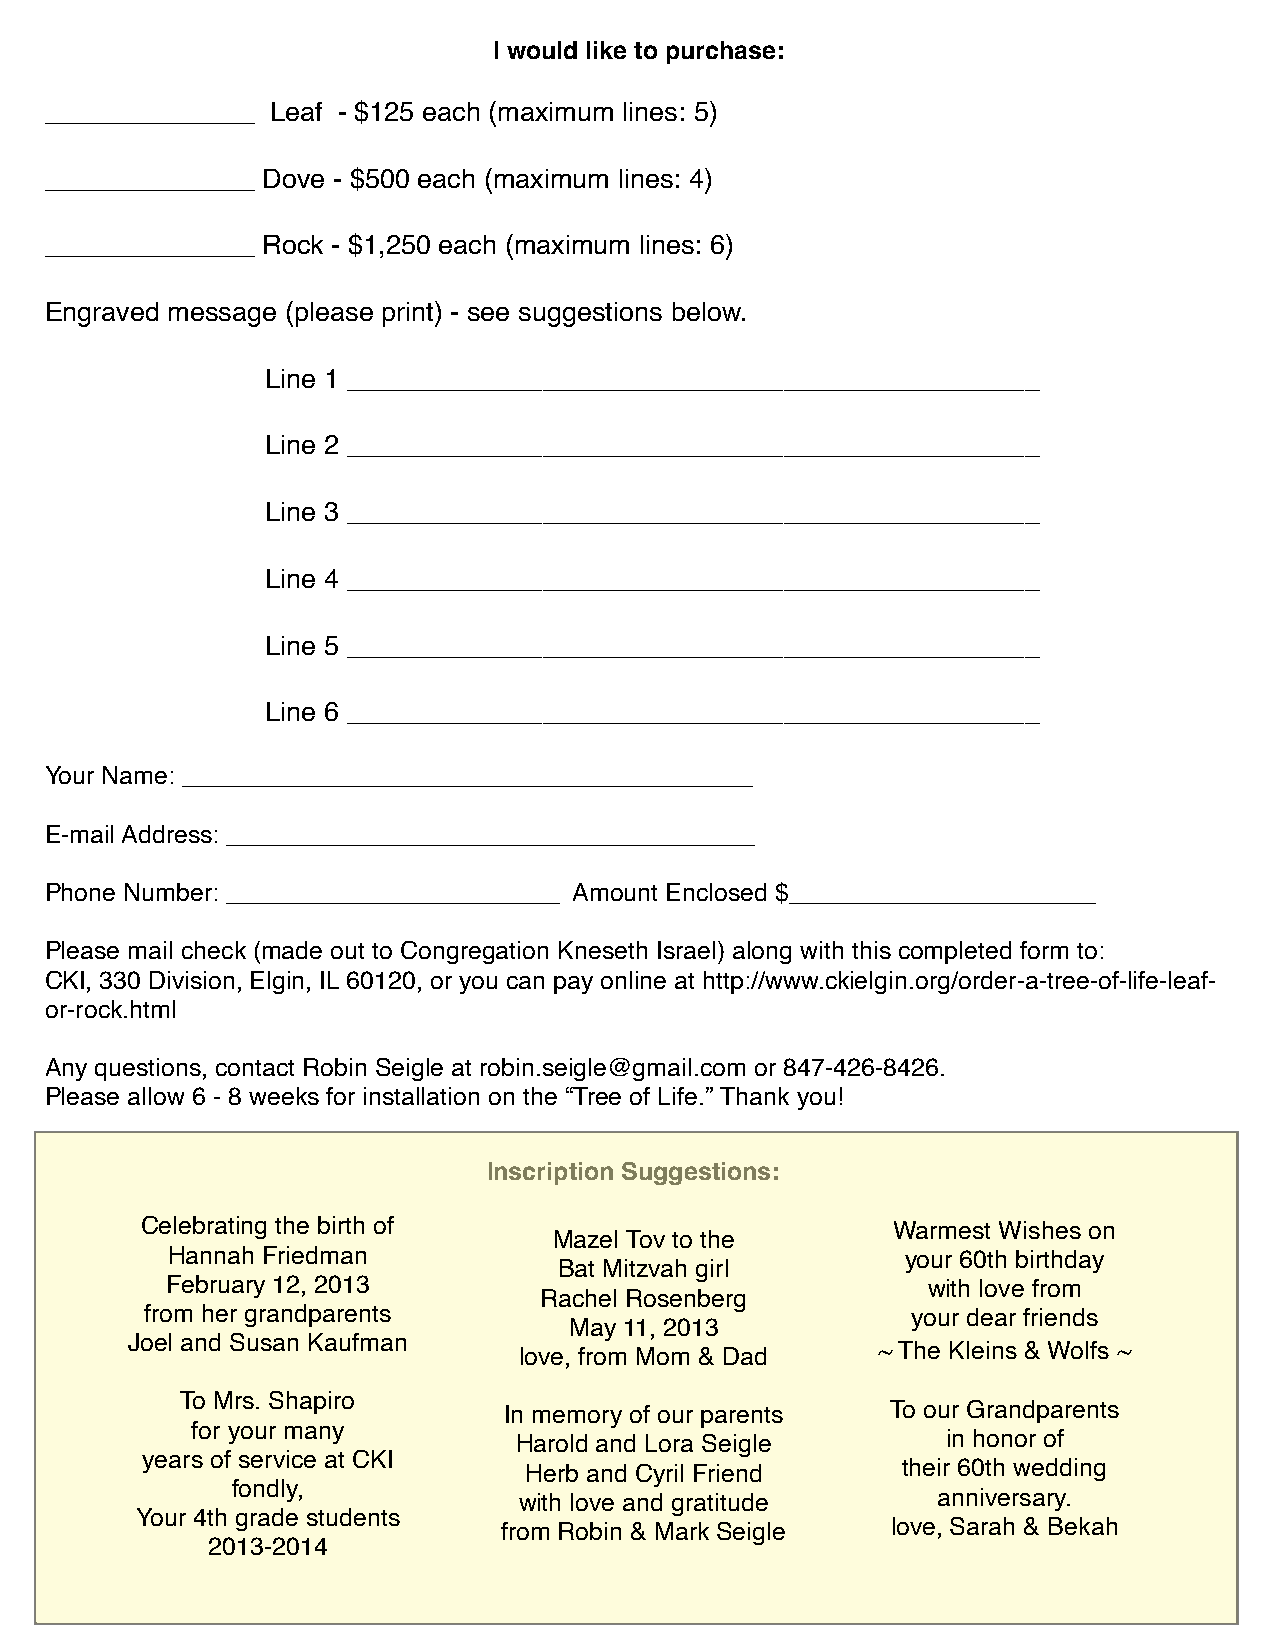
I would like to purchase:
 ______________ Leaf - $125 each (maximum lines: 5)
 ______________ Dove - $500 each (maximum lines: 4)
 ______________ Rock - $1,250 each (maximum lines: 6)
 Engraved message (please print) - see suggestions below.
 Line 1 ______________________________________________
 Line 2 ______________________________________________
 Line 3 ______________________________________________
 Line 4 ______________________________________________
 Line 5 ______________________________________________
 Line 6 ______________________________________________
 Your Name: _________________________________________
 E-mail Address: ______________________________________
 Phone Number: ________________________ Amount Enclosed $______________________
 Please mail check (made out to Congregation Kneseth Israel) along with this completed form to:
 CKI, 330 Division, Elgin, IL 60120, or you can pay online at http://www.ckielgin.org/order-a-tree-of-life-leaf-
 or-rock.html
 Any questions, contact Robin Seigle at robin.seigle@gmail.com or 847-426-8426.
 Please allow 6 - 8 weeks for installation on the “Tree of Life.” Thank you!
 Inscription Suggestions:
 Celebrating the birth of                          Warmest Wishes on
 Mazel Tov to the
 Hannah Friedman                                  your 60th birthday
 Bat Mitzvah girl
 February 12, 2013                                 with love from
 Rachel Rosenberg
 from her grandparents                             your dear friends
 May 11, 2013
 Joel and Susan Kaufman
 love, from Mom & Dad    ~ The Klein!"& Wolf! ~
 To Mrs. Shapiro
 In memory of our parents  To our Grandparents
 for your many
 Harold and Lora Seigle       in honor of
 years of service at CKI
 Herb and Cyril Friend    their 60th wedding
 fondly,
 with love and gratitude     anniversary.
 Your 4th grade students
 from Robin & Mark Seigle  love, Sarah & Bekah
 2013-2014